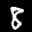
Label: 8